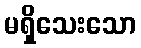
မရှိသေးသော